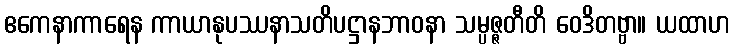
ဧကေနာကာရေန ကာယာနုပဿနာသတိပဋ္ဌာနဘာဝနာ သမ္ပဇ္ဇတီတိ ဝေဒိတဗ္ဗာ။ ယထာဟ